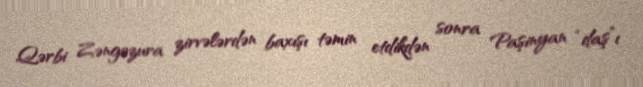
Qərbi Zəngəzura zirvələrdən baxışı təmin etdikdən sonra Paşinyan “daş”ı